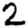
Digit: 2